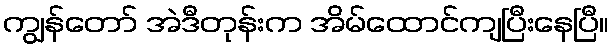
ကျွန်တော် အဲဒီတုန်းက အိမ်ထောင်ကျပြီးနေပြီ။